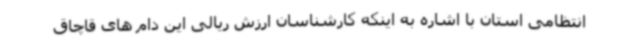
انتظامی استان با اشاره به اینکه کارشناسان ارزش ریالی این دام های قاچاق